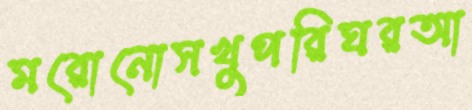
মরোনোসখুপরিঘরআ